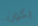
يكون